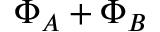
{ \Phi _ { A } } + { \Phi _ { B } }